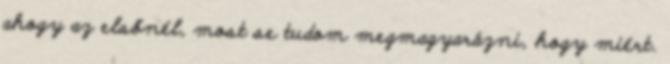
ahogy az elsőnél, most se tudom megmagyarázni, hogy miért.